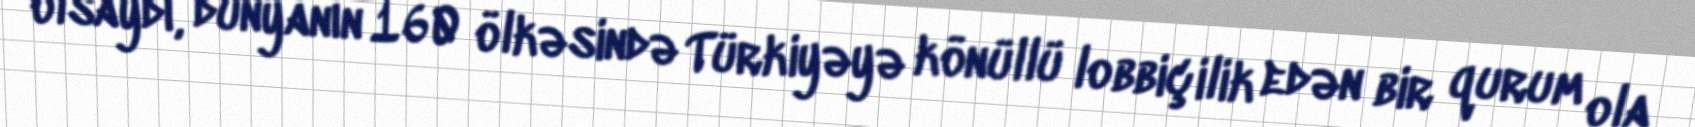
olsaydı, dünyanın 160 ölkəsində Türkiyəyə könüllü lobbiçilik edən bir qurum ola